School population in Scotland, 1937
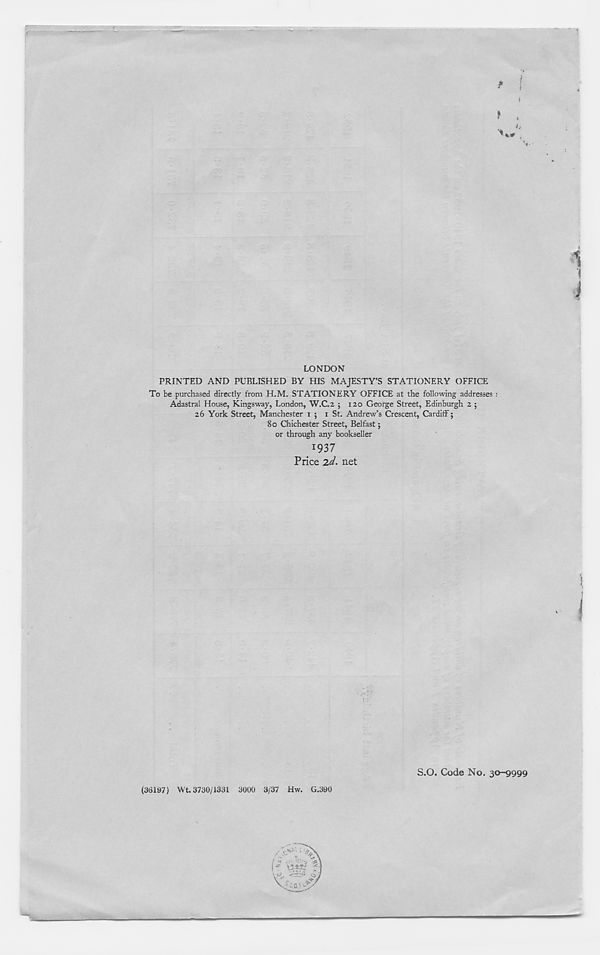
LONDON
PRINTED AND PUBLISHED BY HIS MAJESTY’S STATIONERY OFFICE
To be purchased directly from H.M. STATIONERY OFFICE at the following addresses :
Adastral House, Kingsway, London, W.C.2 ; 120 George Street, Edinburgh 2 ;
26 York Street, Manchester 1 ; 1 St. Andrew’s Crescent, Cardiff;
80 Chichester Street, Belfast;
or through any bookseller
1937
Price T.d. net
(36197) Wt. 3730/1331 3000 3/37 Hw. G.390
S.O. Code No. 30-9999